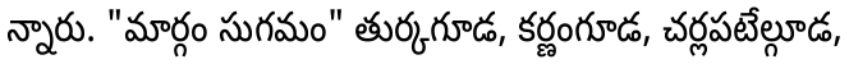
న్నారు. "మార్గం సుగమం" తుర్కగూడ, కర్ణంగూడ, చర్లపటేల్గూడ,